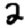
Digit: 2